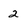
Character: 2